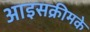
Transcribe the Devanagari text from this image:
आइसक्रीमके